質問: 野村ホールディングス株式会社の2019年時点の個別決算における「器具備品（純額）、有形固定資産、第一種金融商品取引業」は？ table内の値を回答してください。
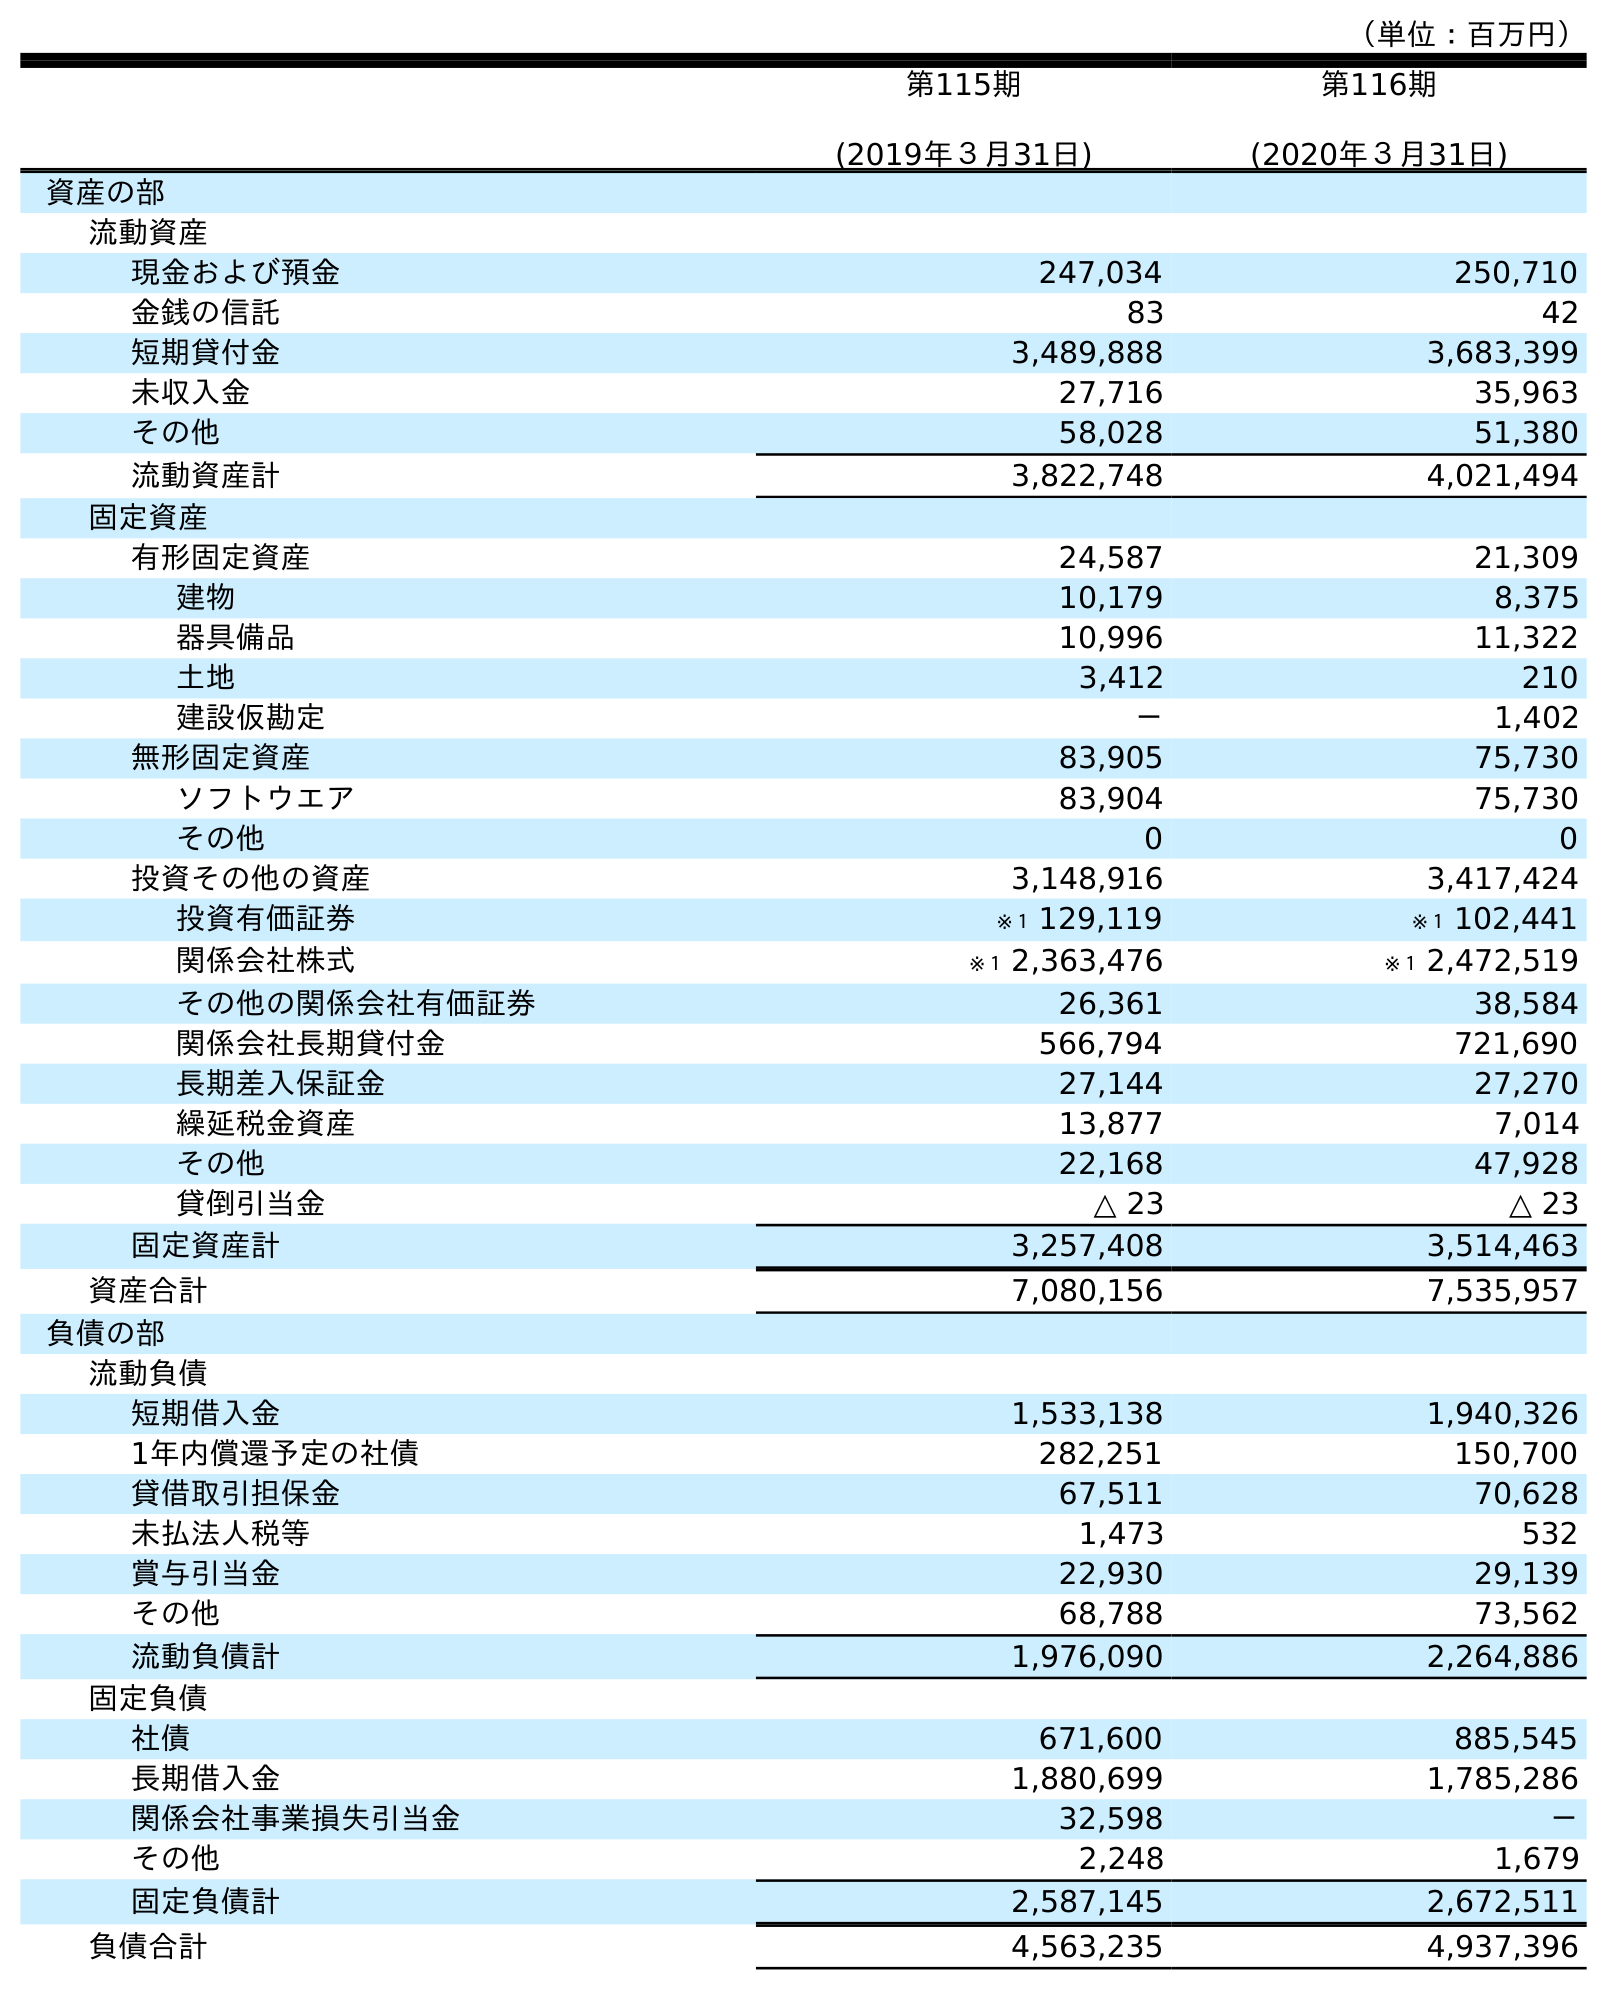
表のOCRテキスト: （単位：百万円） 第115期 (2019年３月31日) 第116期 (2020年３月31日) 資産の部 流動資産 現金および預金 247,034 250,710 金銭の信託 83 42 短期貸付金 3,489,888 3,683,399 未収入金 27,716 35,963 その他 58,028 51,380 流動資産計 3,822,748 4,021,494 固定資産 有形固定資産 24,587 21,309 建物 10,179 8,375 器具備品 10,996 11,322 土地 3,412 210 建設仮勘定 － 1,402 無形固定資産 83,905 75,730 ソフトウエア 83,904 75,730 その他 0 0 投資その他の資産 3,148,916 3,417,424 投資有価証券 ※１ 129,119 ※１ 102,441 関係会社株式 ※１ 2,363,476 ※１ 2,472,519 その他の関係会社有価証券 26,361 38,584 関係会社長期貸付金 566,794 721,690 長期差入保証金 27,144 27,270 繰延税金資産 13,877 7,014 その他 22,168 47,928 貸倒引当金 △ 23 △ 23 固定資産計 3,257,408 3,514,463 資産合計 7,080,156 7,535,957 負債の部 流動負債 短期借入金 1,533,138 1,940,326 1年内償還予定の社債 282,251 150,700 貸借取引担保金 67,511 70,628 未払法人税等 1,473 532 賞与引当金 22,930 29,139 その他 68,788 73,562 流動負債計 1,976,090 2,264,886 固定負債 社債 671,600 885,545 長期借入金 1,880,699 1,785,286 関係会社事業損失引当金 32,598 － その他 2,248 1,679 固定負債計 2,587,145 2,672,511 負債合計 4,563,235 4,937,396
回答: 10,996